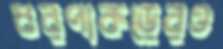
ধরপাকড়েরও